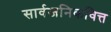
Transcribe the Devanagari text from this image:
सार्वजनिकवित्त